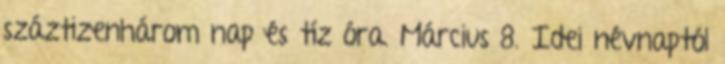
száztizenhárom nap és tíz óra. Március 8. Idei névnaptól